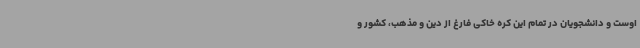
اوست و دانشجویان در تمام این کره خاکی فارغ از دین و مذهب، کشور و